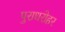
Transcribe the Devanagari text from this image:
पुराधरोहर